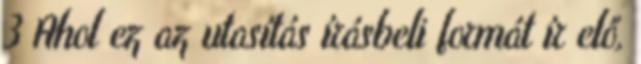
3 Ahol ez az utasítás írásbeli formát ír elő,